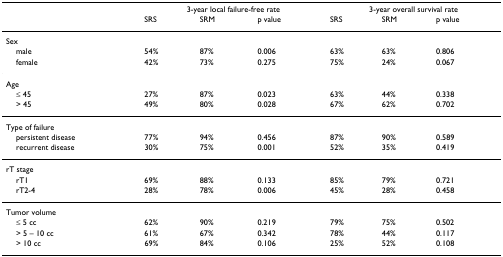
<table><thead><tr><td></td><td colspan="3"><b>3-year local failure-free rate</b></td><td colspan="3"><b>3-year overall survival rate</b></td></tr><tr><td></td><td><b>SRS</b></td><td><b>SRM</b></td><td><b>p value</b></td><td><b>SRS</b></td><td><b>SRM</b></td><td><b>p value</b></td></tr></thead><tbody><tr><td>Sex</td><td></td><td></td><td></td><td></td><td></td><td></td></tr><tr><td> male</td><td>54%</td><td>87%</td><td>0.006</td><td>63%</td><td>63%</td><td>0.806</td></tr><tr><td> female</td><td>42%</td><td>73%</td><td>0.275</td><td>75%</td><td>24%</td><td>0.067</td></tr><tr><td>Age</td><td></td><td></td><td></td><td></td><td></td><td></td></tr><tr><td> ≤ 45</td><td>27%</td><td>87%</td><td>0.023</td><td>63%</td><td>44%</td><td>0.338</td></tr><tr><td> &gt; 45</td><td>49%</td><td>80%</td><td>0.028</td><td>67%</td><td>62%</td><td>0.702</td></tr><tr><td>Type of failure</td><td></td><td></td><td></td><td></td><td></td><td></td></tr><tr><td> persistent disease</td><td>77%</td><td>94%</td><td>0.456</td><td>87%</td><td>90%</td><td>0.589</td></tr><tr><td> recurrent disease</td><td>30%</td><td>75%</td><td>0.001</td><td>52%</td><td>35%</td><td>0.419</td></tr><tr><td>rT stage</td><td></td><td></td><td></td><td></td><td></td><td></td></tr><tr><td> rT1</td><td>69%</td><td>88%</td><td>0.133</td><td>85%</td><td>79%</td><td>0.721</td></tr><tr><td> rT2-4</td><td>28%</td><td>78%</td><td>0.006</td><td>45%</td><td>28%</td><td>0.458</td></tr><tr><td>Tumor volume</td><td></td><td></td><td></td><td></td><td></td><td></td></tr><tr><td> ≤ 5 cc</td><td>62%</td><td>90%</td><td>0.219</td><td>79%</td><td>75%</td><td>0.502</td></tr><tr><td> &gt; 5 – 10 cc</td><td>61%</td><td>67%</td><td>0.342</td><td>78%</td><td>44%</td><td>0.117</td></tr><tr><td> &gt; 10 cc</td><td>69%</td><td>84%</td><td>0.106</td><td>25%</td><td>52%</td><td>0.108</td></tr></tbody></table>